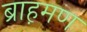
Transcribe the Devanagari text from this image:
ब्राह़मण